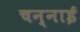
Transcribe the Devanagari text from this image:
चन्नाई